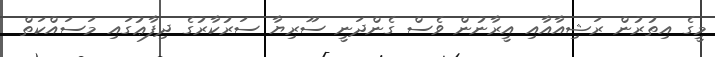
މީގެ އިތުރުން ރަޝިއާއާއި އީރާނުން ވެސް ގެންދަނީ ސޫރިޔާ ސަރުކާރުގެ ދިފާޢުގައި މަސައްކަތް